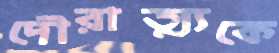
দৌরাত্ম্যকে